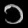
Digit: ၁